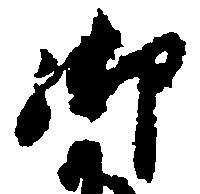
御